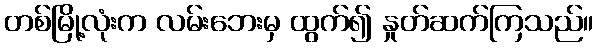
တစ်မြို့လုံးက လမ်းဘေးမှ ထွက်၍ နှုတ်ဆက်ကြသည်။